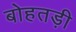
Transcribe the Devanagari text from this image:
बोहतड़ी